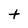
Character: t